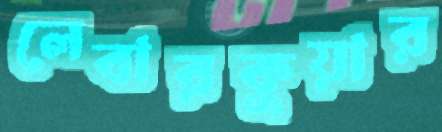
লেবারকুয়ার